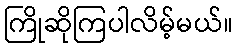
ကြိုဆိုကြပါလိမ့်မယ်။